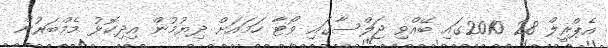
އެޕްރީލް 28 2010ގައި ބޭއްވި ޖަލްސާގައި ވޯޓާ ހަމައަށް ދިޔުމުން އިދިކޮޅު މެމްބަރުން